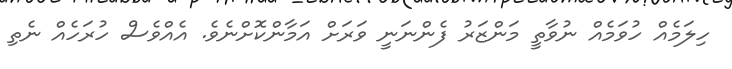
ހިލަމެއް ހުވަމެއް ނުވާތީ މަންޒަރު ފެންނަނީ ވަރަށް އަމާންކޮށްނެވެ. އެއްވެސް ހުރަހެއް ނެތި